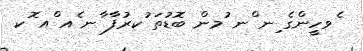
ެވހީންގެ ިނ ްނ ުމން ބޮޑުތަ ުކރުފާ ާނ ެއ ްއ ޮކ